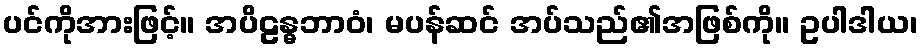
ပင်ကိုအားဖြင့်။ အပိဠန္ဓဘာဝံ၊ မပန်ဆင် အပ်သည်၏အဖြစ်ကို။ ဥပါဒါယ၊